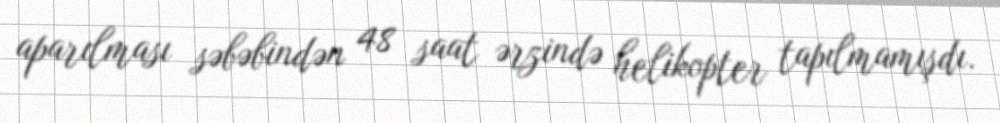
aparılması səbəbindən 48 saat ərzində helikopter tapılmamışdı.